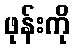
ဖုန်းကို